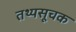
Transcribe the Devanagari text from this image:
तथ्यसूचक